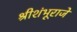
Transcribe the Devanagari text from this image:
श्रीशंभूराजे